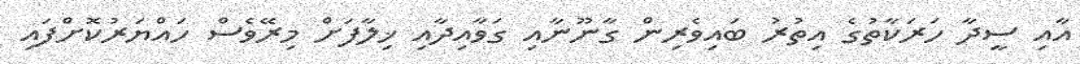
އާއި ސީދާ ހަރަކާތުގެ އިތުރު ބައިވެރިން ގާނޫނާއި ގަވާއިދާއި ޚިލާފަށް މިރޭވެސް ހައްޔަރުކޮށްފައި